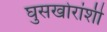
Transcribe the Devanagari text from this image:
घुसखोरांशी